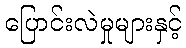
ပြောင်းလဲမှုများနှင့်